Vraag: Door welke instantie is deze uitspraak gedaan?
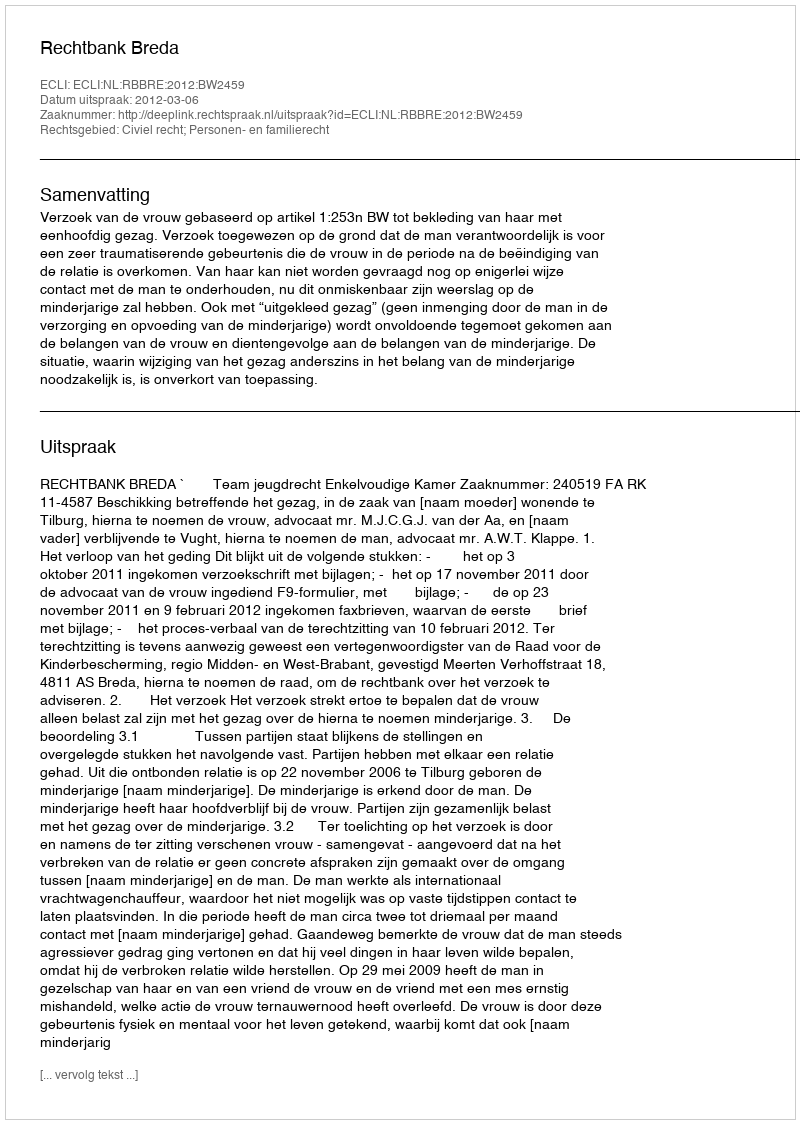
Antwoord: Rechtbank Breda